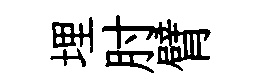
埋肘臂